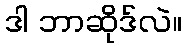
ဒါ ဘာဆိုဒ်လဲ။